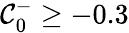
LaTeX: \mathcal{C}_{0}^{-}\ge-0.3